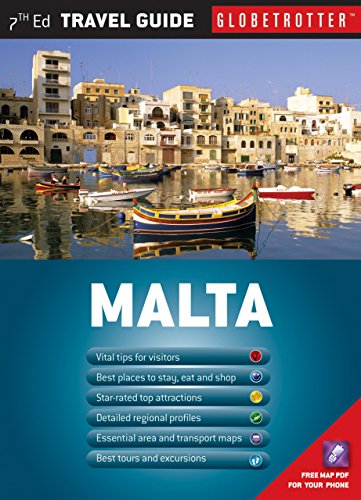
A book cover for Malta Travel Pack (Globetrotter Travel Packs); Brian Richards; Travel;